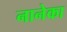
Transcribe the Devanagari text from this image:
नानेका